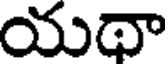
యథా